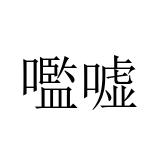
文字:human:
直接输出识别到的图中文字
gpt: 嚂嘘